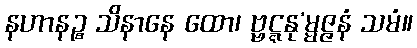
နဟာနဉ္စ သိနာနေ ထော၊ ဗ္ဗဋ္ဋနု’မ္မဇ္ဇနံ သမံ။